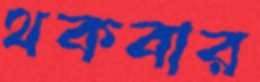
থকবার